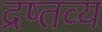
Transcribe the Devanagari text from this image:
द्रष्तव्य